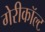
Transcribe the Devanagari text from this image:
गेरीकॉल्ट